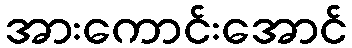
အားကောင်းအောင်